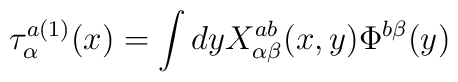
\tau_\alpha^{a(1)} (x)=\int dyX_{\alpha\beta}^{ab}(x,y)\Phi^{b\beta}(y)